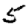
Digit: 5